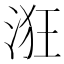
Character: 𣴥